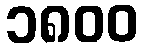
၁၈၀၀